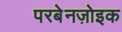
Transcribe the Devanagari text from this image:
परबेनज़ोइक